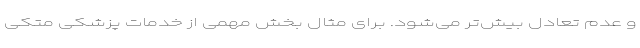
و عدم تعادل بیش‌تر می‌شود. برای مثال بخش مهمی از خدمات پزشکی متکی